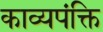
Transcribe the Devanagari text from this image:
काव्यपंक्ति